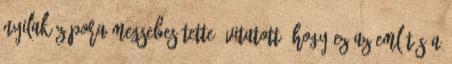
nyilak zápora megsebesítette. Vitatott, hogy ez az említés a